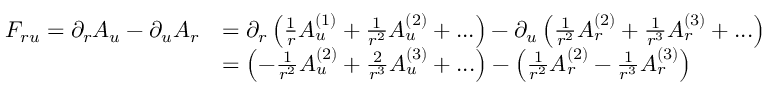
\begin{array} { r l } { F _ { r u } = \partial _ { r } A _ { u } - \partial _ { u } A _ { r } } & { = \partial _ { r } \left( \frac { 1 } { r } A _ { u } ^ { ( 1 ) } + \frac { 1 } { r ^ { 2 } } A _ { u } ^ { ( 2 ) } + . . . \right) - \partial _ { u } \left( \frac { 1 } { r ^ { 2 } } A _ { r } ^ { ( 2 ) } + \frac { 1 } { r ^ { 3 } } A _ { r } ^ { ( 3 ) } + . . . \right) } \\ & { = \left( - \frac { 1 } { r ^ { 2 } } A _ { u } ^ { ( 2 ) } + \frac { 2 } { r ^ { 3 } } A _ { u } ^ { ( 3 ) } + . . . \right) - \left( \frac { 1 } { r ^ { 2 } } A _ { r } ^ { ( 2 ) } - \frac { 1 } { r ^ { 3 } } A _ { r } ^ { ( 3 ) } \right) } \end{array}